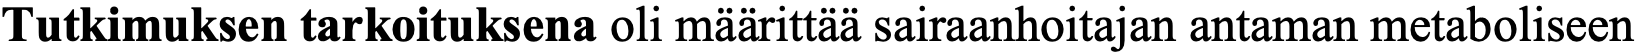
Tutkimuksen tarkoituksena oli määrittää sairaanhoitajan antaman metaboliseen